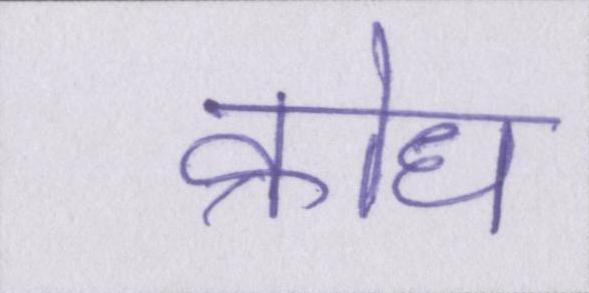
क्रोध